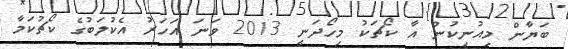
ބަޔާން މިއުނިކުން އާ ކޯޗަކު މިހޯދަނީ 2013 ވަނަ އަހަރު އެކުލަބުގެ ކޯޗުކަމާ